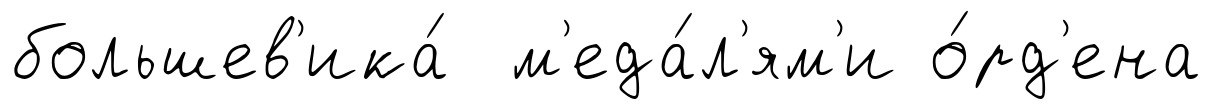
большев'ика́ м'еда́л'ям'и о́рд'ена